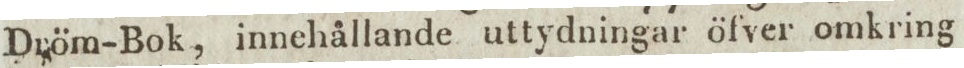
Dröm-Bok, innehållande uttydningar öfver omkring